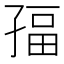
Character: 𭓏